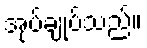
အုပ်ချုပ်သည်။